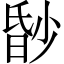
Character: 𬁀